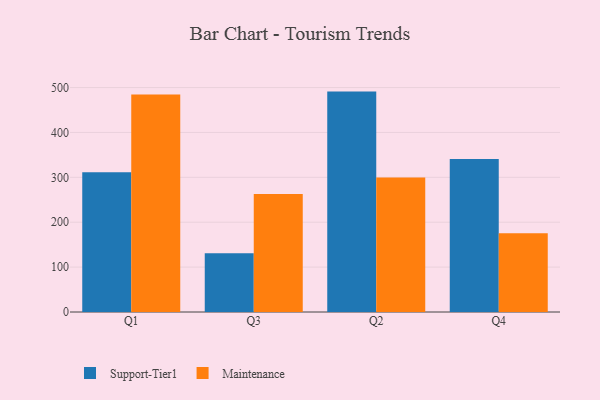
{"axis": {"x": "Quarter", "y": "Shipments"}, "legend": ["Maintenance", "Support-Tier1"], "data": [{"x": "Q1", "y": 311.3, "type": "Support-Tier1"}, {"x": "Q1", "y": 484.4, "type": "Maintenance"}, {"x": "Q3", "y": 130.9, "type": "Support-Tier1"}, {"x": "Q3", "y": 262.8, "type": "Maintenance"}, {"x": "Q2", "y": 491.0, "type": "Support-Tier1"}, {"x": "Q2", "y": 299.8, "type": "Maintenance"}, {"x": "Q4", "y": 340.7, "type": "Support-Tier1"}, {"x": "Q4", "y": 175.6, "type": "Maintenance"}]}